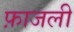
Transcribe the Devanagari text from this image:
फ़ाजली